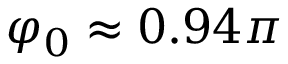
\varphi _ { 0 } \approx 0 . 9 4 \pi